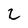
Character: 2